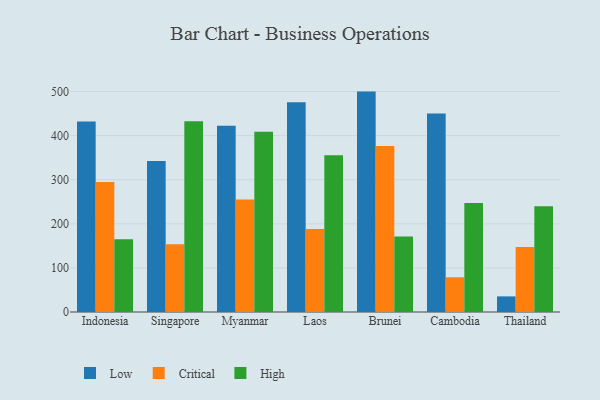
{"axis": {"x": "Country", "y": "Operating Costs (USD K)"}, "legend": ["Critical", "High", "Low"], "data": [{"x": "Indonesia", "y": 432.2, "type": "Low"}, {"x": "Indonesia", "y": 294.6, "type": "Critical"}, {"x": "Indonesia", "y": 165.0, "type": "High"}, {"x": "Singapore", "y": 342.5, "type": "Low"}, {"x": "Singapore", "y": 153.4, "type": "Critical"}, {"x": "Singapore", "y": 432.8, "type": "High"}, {"x": "Myanmar", "y": 422.2, "type": "Low"}, {"x": "Myanmar", "y": 255.3, "type": "Critical"}, {"x": "Myanmar", "y": 408.7, "type": "High"}, {"x": "Laos", "y": 475.7, "type": "Low"}, {"x": "Laos", "y": 188.2, "type": "Critical"}, {"x": "Laos", "y": 355.7, "type": "High"}, {"x": "Brunei", "y": 499.8, "type": "Low"}, {"x": "Brunei", "y": 376.5, "type": "Critical"}, {"x": "Brunei", "y": 171.3, "type": "High"}, {"x": "Cambodia", "y": 450.3, "type": "Low"}, {"x": "Cambodia", "y": 78.7, "type": "Critical"}, {"x": "Cambodia", "y": 247.1, "type": "High"}, {"x": "Thailand", "y": 35.4, "type": "Low"}, {"x": "Thailand", "y": 147.4, "type": "Critical"}, {"x": "Thailand", "y": 239.8, "type": "High"}]}